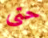
حتى